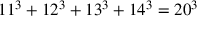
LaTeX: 1 1 ^ { 3 } + 1 2 ^ { 3 } + 1 3 ^ { 3 } + 1 4 ^ { 3 } = 2 0 ^ { 3 }